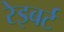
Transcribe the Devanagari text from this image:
रेइबर्ट